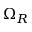
\Omega _ { R }